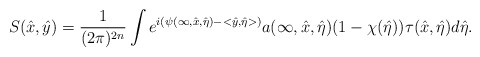
\begin{align*} S(\hat x,\hat y)=\frac{1}{(2\pi)^{2n}}\int e^{i(\psi(\infty,\hat x,\hat\eta)-<\hat y,\hat\eta>)}a(\infty,\hat x,\hat\eta)(1-\chi(\hat\eta))\tau(\hat x,\hat\eta)d\hat\eta.\end{align*}